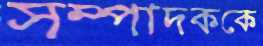
সম্পাদককে